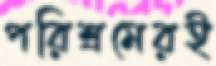
পরিশ্রমেরই